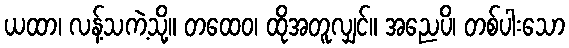
ယထာ၊ လန့်သကဲ့သို့။ တထေဝ၊ ထိုအတူလျှင်။ အညေပိ၊ တစ်ပါးသော